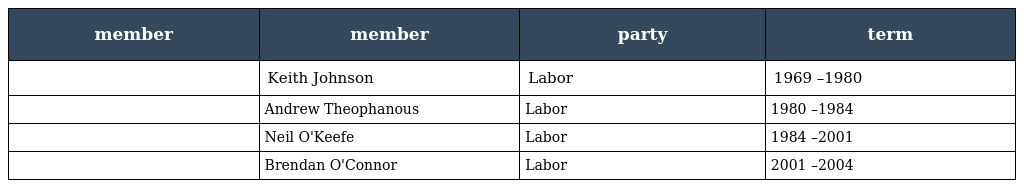
| member | member | party | term |
 | --- | --- | --- | --- |
 |  | Keith Johnson | Labor | 1969 –1980 |
 |  | Andrew Theophanous | Labor | 1980 –1984 |
 |  | Neil O'Keefe | Labor | 1984 –2001 |
 |  | Brendan O'Connor | Labor | 2001 –2004 |